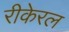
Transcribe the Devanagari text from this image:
रीकेरल